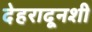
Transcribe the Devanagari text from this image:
देहरादूनशी